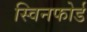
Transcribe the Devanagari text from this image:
स्विनफोर्ड